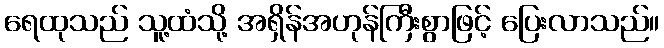
ရေထုသည် သူ့ထံသို့ အရှိန်အဟုန်ကြီးစွာဖြင့် ပြေးလာသည်။